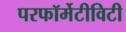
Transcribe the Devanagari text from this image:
परफॉर्मेटीविटी